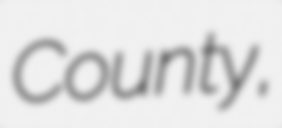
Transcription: County,